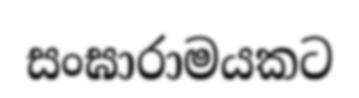
සංඝාරාමයකට